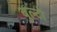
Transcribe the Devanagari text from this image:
बुल्टो